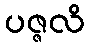
ပဇ္ဇလိ